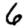
Digit: 6